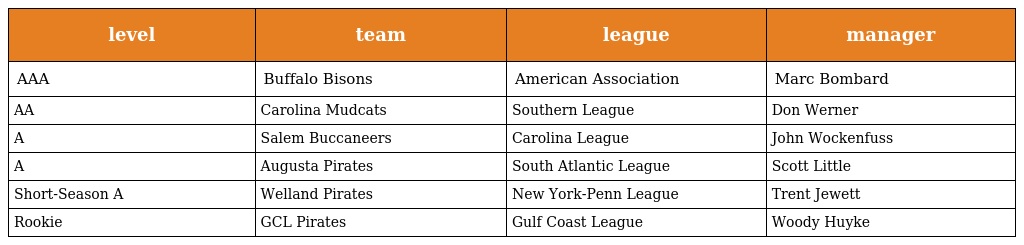
| level | team | league | manager |
 | --- | --- | --- | --- |
 | AAA | Buffalo Bisons | American Association | Marc Bombard |
 | AA | Carolina Mudcats | Southern League | Don Werner |
 | A | Salem Buccaneers | Carolina League | John Wockenfuss |
 | A | Augusta Pirates | South Atlantic League | Scott Little |
 | Short-Season A | Welland Pirates | New York-Penn League | Trent Jewett |
 | Rookie | GCL Pirates | Gulf Coast League | Woody Huyke |